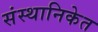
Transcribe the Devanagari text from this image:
संस्थानिकेत